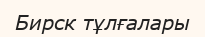
Бирск тұлғалары